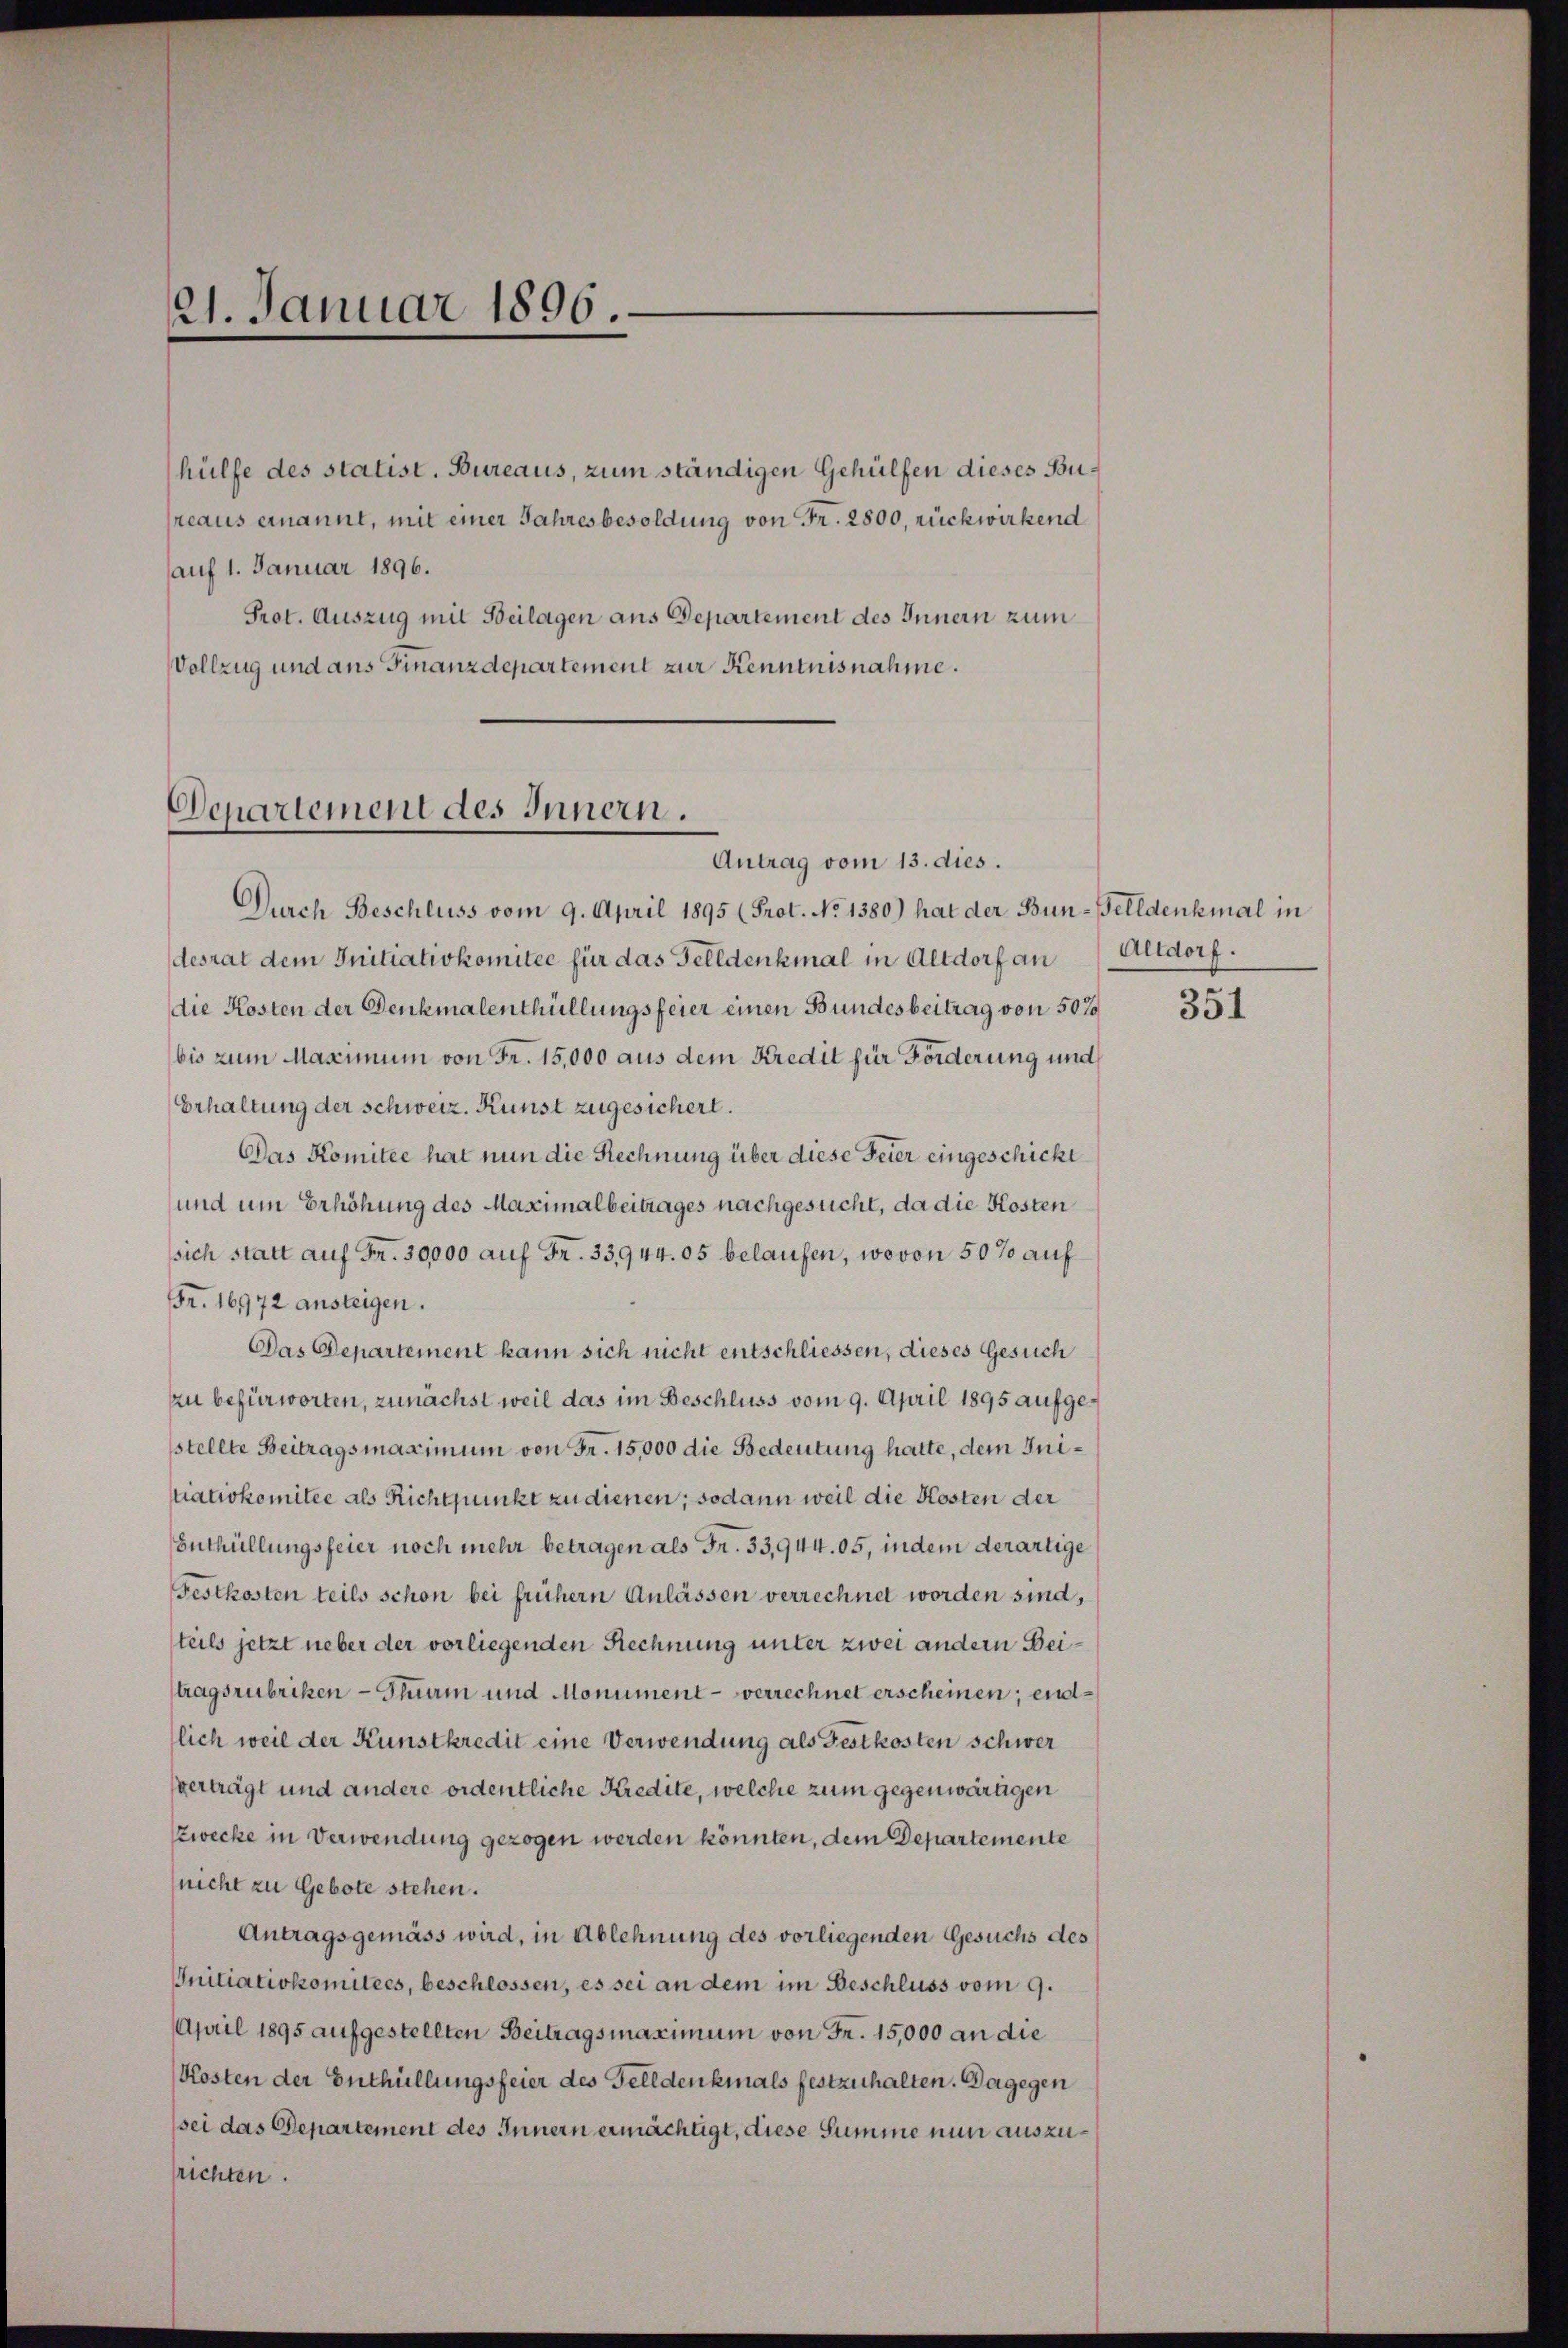
21. Januar 1896

Prot. Auszug mit Beilagen aus Departement des Innern zum
Vollzug und ans Finanzdepartement zur Kenntnisnahme.

Denartement des Innern.

hülfe des statist. Bureaus, zum ständigen Gehülfen dieses Bureaus ernannt, mit einer Jahresbesoldung von Fr. 2800, rückwirkend
(auf 1. Januar 1896.

Antrag vom 13. dies.
Durch Beschluss vom 9. April 1895 (Prot. No 1380) hat der Bun-Belldenkmal in
desrat dem Initiativkomitee für das Felldenkmal in Altdorf an Altdorf.
die Kosten der Denkmalenthüllungsfeier einen Bundesbeitrag von 507
bis zum Maximum von Fr. 15,000 aus dem Kredit für Forderung und
Erhaltung der schweiz. Kunst zugesichert.
Das Komitee hat nun die Rechnung über diese Feier eingeschickt
und um Erhöhung des Maximalbeitrages nachgesucht, da die Kosten
sich statt auf Fr. 30,000 auf Fr. 33,944. 05 belaufen, wovon 50 % auf
Fr. 16972 ansteigen.
Das Departement kann sich nicht entschliessen, dieses Gesuch
zu befürworten, zunächst weil das im Beschluss vom 9. April 1895 aufgesstellte Beitragsmaximum von Fr. 15,000 die Bedeutung hatte, dem Jnitiativkomitee als Richtpunkt zu dienen; sodann weil die Kosten der
Enthüllungsfeier noch mehr betragen als Fr. 33,944. 05, indem derartige
Festkosten teils schon bei frühern Anlassen verrechnet worden sind,
teils jetzt ueber der vorliegenden Rechnung unter zwei andern Beistragsrubriken - Thurm und Monument - verrechnet erscheinen; endlich weil der Kunstkredit eine Verwendung als Festkosten schwer
verträgt und andere ordentliche Kredite, welche zum gegenwärtigen
zwecke in Verwendung gezogen werden könnten, dem Departemente
(nicht zu Gebote stehen.
Antragsgemäss wird, in Ablehnung des vorliegenden Gesuchs des
Initiativkomitees, beschlossen, es sei an dem im Beschluss vom 9.
April 1895 aufgestellten Beitragsmaximum von Fr. 15,000 an die
Kosten der Enthüllungsfeier des Gelldenkmals festzuhalten. Dagegen
sei das Departement des Innern ermächtigt, diese Summe nun auszurichten.

351